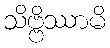
သိဗ္ဗိဿာမိ